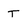
Character: T